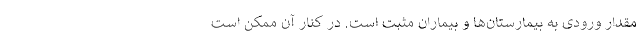
مقدار ورودی به بیمارستان‌ها و بیماران مثبت است. در کنار آن ممکن است